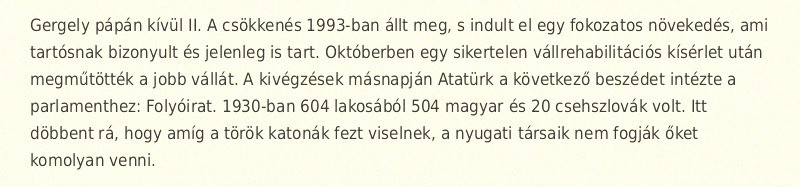
Gergely pápán kívül II. A csökkenés 1993-ban állt meg, s indult el egy fokozatos növekedés, ami tartósnak bizonyult és jelenleg is tart. Októberben egy sikertelen vállrehabilitációs kísérlet után megműtötték a jobb vállát. A kivégzések másnapján Atatürk a következő beszédet intézte a parlamenthez: Folyóirat. 1930-ban 604 lakosából 504 magyar és 20 csehszlovák volt. Itt döbbent rá, hogy amíg a török katonák fezt viselnek, a nyugati társaik nem fogják őket komolyan venni.